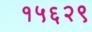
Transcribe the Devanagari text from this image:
१५६२९